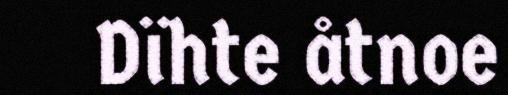
Dïhte åtnoe